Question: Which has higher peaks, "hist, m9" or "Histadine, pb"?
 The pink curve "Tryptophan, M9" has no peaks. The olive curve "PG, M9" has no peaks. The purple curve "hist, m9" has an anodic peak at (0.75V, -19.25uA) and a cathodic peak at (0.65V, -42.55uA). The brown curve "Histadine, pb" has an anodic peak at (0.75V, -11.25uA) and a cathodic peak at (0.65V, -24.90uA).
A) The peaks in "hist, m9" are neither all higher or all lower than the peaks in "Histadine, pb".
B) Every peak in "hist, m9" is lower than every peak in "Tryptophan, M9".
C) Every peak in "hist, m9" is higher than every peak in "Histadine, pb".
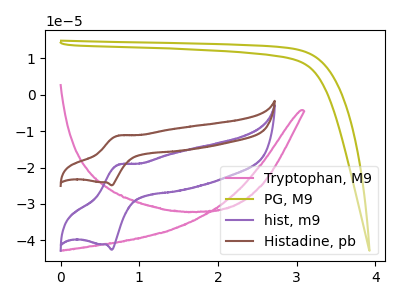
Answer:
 <answer>A) The peaks in "hist, m9" are neither all higher or all lower than the peaks in "Histadine, pb".</answer>
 <eval>A</eval>